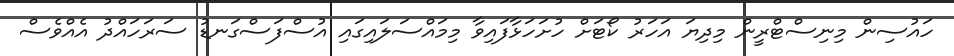
ހައުސިން މިނިސްޓްރީން މިދިޔަ އަހަރު ކޯޓަށް ހުށަހަޅާފައިވާ މިމައްސަލައިގައި އުސްފަސްގަނޑު ސަރަހައްދު އެއްވެސް